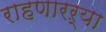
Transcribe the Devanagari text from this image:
राहणारऱ्या